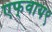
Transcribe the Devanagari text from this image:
एफ्‌वाय९